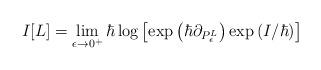
LaTeX: \begin{align*} I[L] = \lim_{\epsilon \to 0^+}\hbar \log \left[\exp\left(\hbar \partial_{P_\epsilon^L}\right)\exp\left(I/\hbar\right)\right]\end{align*}